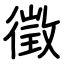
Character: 徴